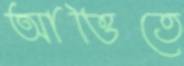
আত্তিতে